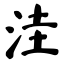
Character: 洼